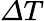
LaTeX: \mathit{\Delta}T